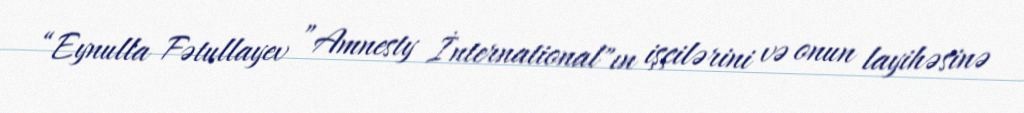
“Eynulla Fətullayev ”Amnesty İnternational"ın işçilərini və onun layihəsinə